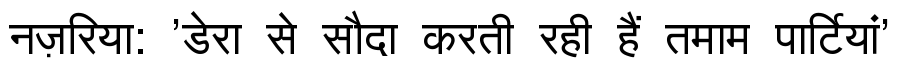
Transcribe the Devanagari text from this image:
नज़रिया: 'डेरा से सौदा करती रही हैं तमाम पार्टियां'